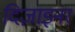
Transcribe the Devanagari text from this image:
दिज़ाइनर